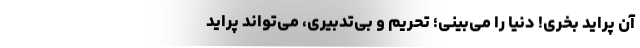
آن پراید بخری! دنیا را می‌بینی؛ تحریم و بی‌تدبیری، می‌تواند پراید